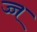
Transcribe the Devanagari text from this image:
ज्ज